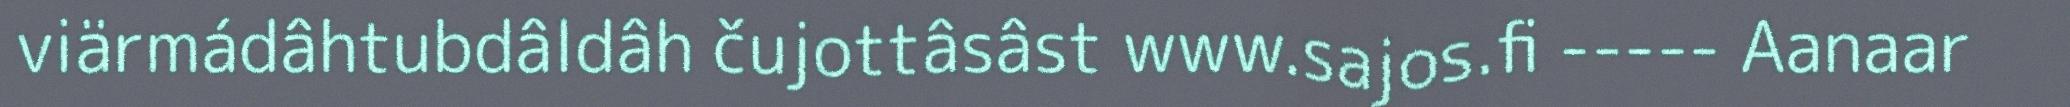
viärmádâhtubdâldâh čujottâsâst www.sajos.fi ----- Aanaar